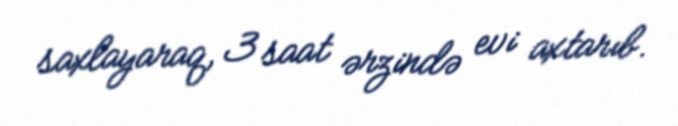
saxlayaraq, 3 saat ərzində evi axtarıb.